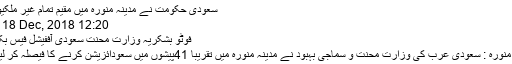
سعودی حکومت نے مدینہ منورہ میں مقیم تمام غیر ملکیوں پر
12:20 PM, 18 Dec, 2018
فوٹو بشکریہ وزارت محنت سعودی آففیشل فیس بک پیج
مدینہ منورہ : سعودی عرب کی وزارت محنت و سماجی بہبود نے مدینہ منورہ میں تقریباََ 41پیشوں میں سعودائزیشن کرنے کا فیصلہ کر لیاہے ۔